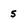
Character: 5